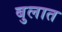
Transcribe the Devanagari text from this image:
बुलात